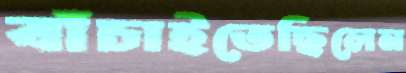
বাঁচাইতেছিলেন